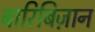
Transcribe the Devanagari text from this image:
बारिबिज़ान